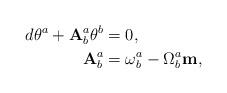
LaTeX: \begin{align*}d\theta^{a}+\mathbf{A}_{b}^{a}\theta^{b} & =0,\\\mathbf{A}_{b}^{a} & =\omega_{b}^{a}-\Omega_{b}^{a}\mathbf{m,}\end{align*}